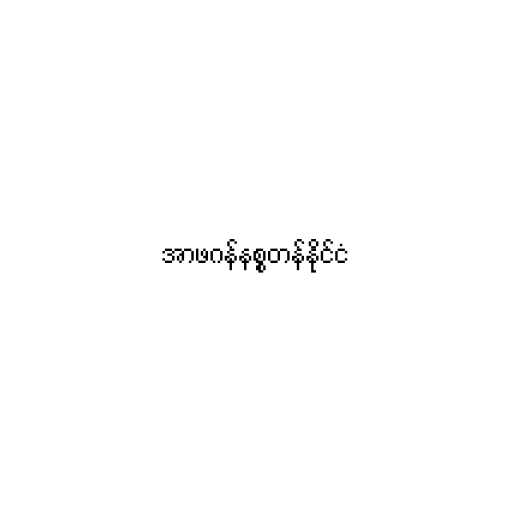
အာဖဂန်နစ္စတန်နိုင်ငံ